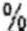
%